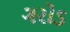
ગરોડ